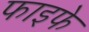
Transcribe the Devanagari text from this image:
फाइफे